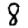
Digit: 8